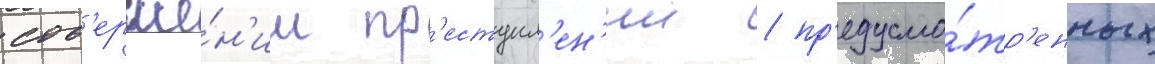
сов'ерше́н'ии пр'еступл'ен'ии / пр'едусмо́тр'енных